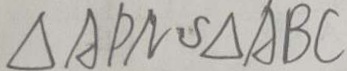
\Delta A P N \sim \Delta A B C